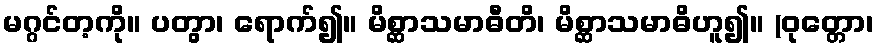
မဂ္ဂင်တ့ကို။ ပတွာ၊ ရောက်၍။ မိစ္ဆာသမာဓီတိ၊ မိစ္ဆာသမာဓိဟူ၍။ (ဝုတ္တော၊